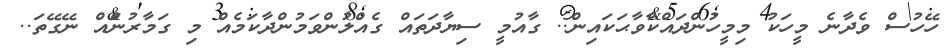
ހޭހުސް ވެދާނެ މީހަކު މިމީހުންދައްކާވާޙަކައިން.. ގާއުމީ ސިޔާދަތައް ގެއްލުންވަމުންދާކަމެއް މި ގަމާރުންައް ނޭގޭތަ..